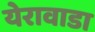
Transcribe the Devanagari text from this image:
येरावाडा